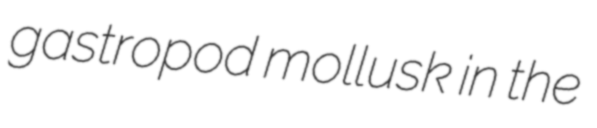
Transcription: gastropod mollusk in the